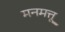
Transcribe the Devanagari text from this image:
मनमत्तू